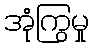
အုံကြွမှု